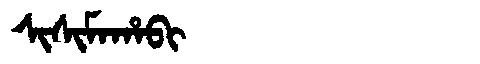
Manchu: ᠰᡳᠰᡳᠮᠠᡥᠠᠪᡳ
Romanization: SISIMAHABI